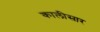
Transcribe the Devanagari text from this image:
कालीसार